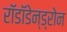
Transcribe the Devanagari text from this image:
रॉडॉडेन्ड्रोन